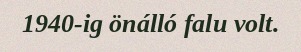
1940-ig önálló falu volt.